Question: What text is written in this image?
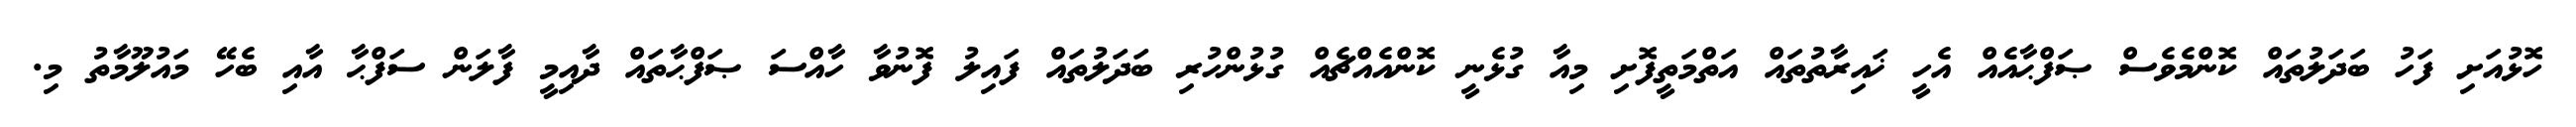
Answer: ހޮޅުއަށި ފަހު ބަދަލުތައް ކޮންމެވެސް ޞަފްޙާއެއް އެހީ ޚައިރާތުތައް އަތްމަތީފޮށި މިއާ ގުޅެނީ ކޮންއެއްޗެއް ގުޅުންހުރި ބަދަލުތައް ފައިލު ފޮނުވާ ހާއްސަ ޞަފްޙާތައް ދާއިމީ ފާލަން ސަފްޙާ އާއި ބެހޭ މައުލޫމާތު މި.